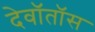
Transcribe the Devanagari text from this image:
देवॉतॉस